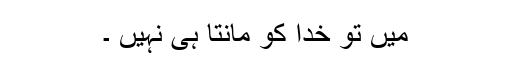
میں تو خدا کو مانتا ہی نہیں ۔